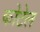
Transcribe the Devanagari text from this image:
कोटेल